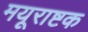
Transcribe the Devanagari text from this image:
मयूराष्टक